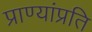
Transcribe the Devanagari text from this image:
प्राण्यांप्रति